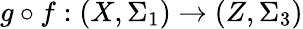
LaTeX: g\circ f:(X,\Sigma_{1})\to(Z,\Sigma_{3})